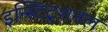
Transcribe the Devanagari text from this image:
इन्स्टिटूशनल